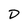
Character: D